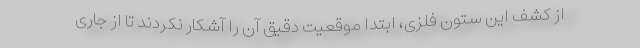
از کشف این ستون فلزی، ابتدا موقعیت دقیق آن را آشکار نکردند تا از جاری